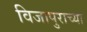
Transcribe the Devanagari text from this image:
विजापुराच्या